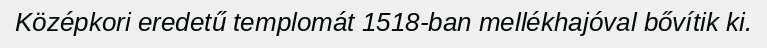
Középkori eredetű templomát 1518-ban mellékhajóval bővítik ki.